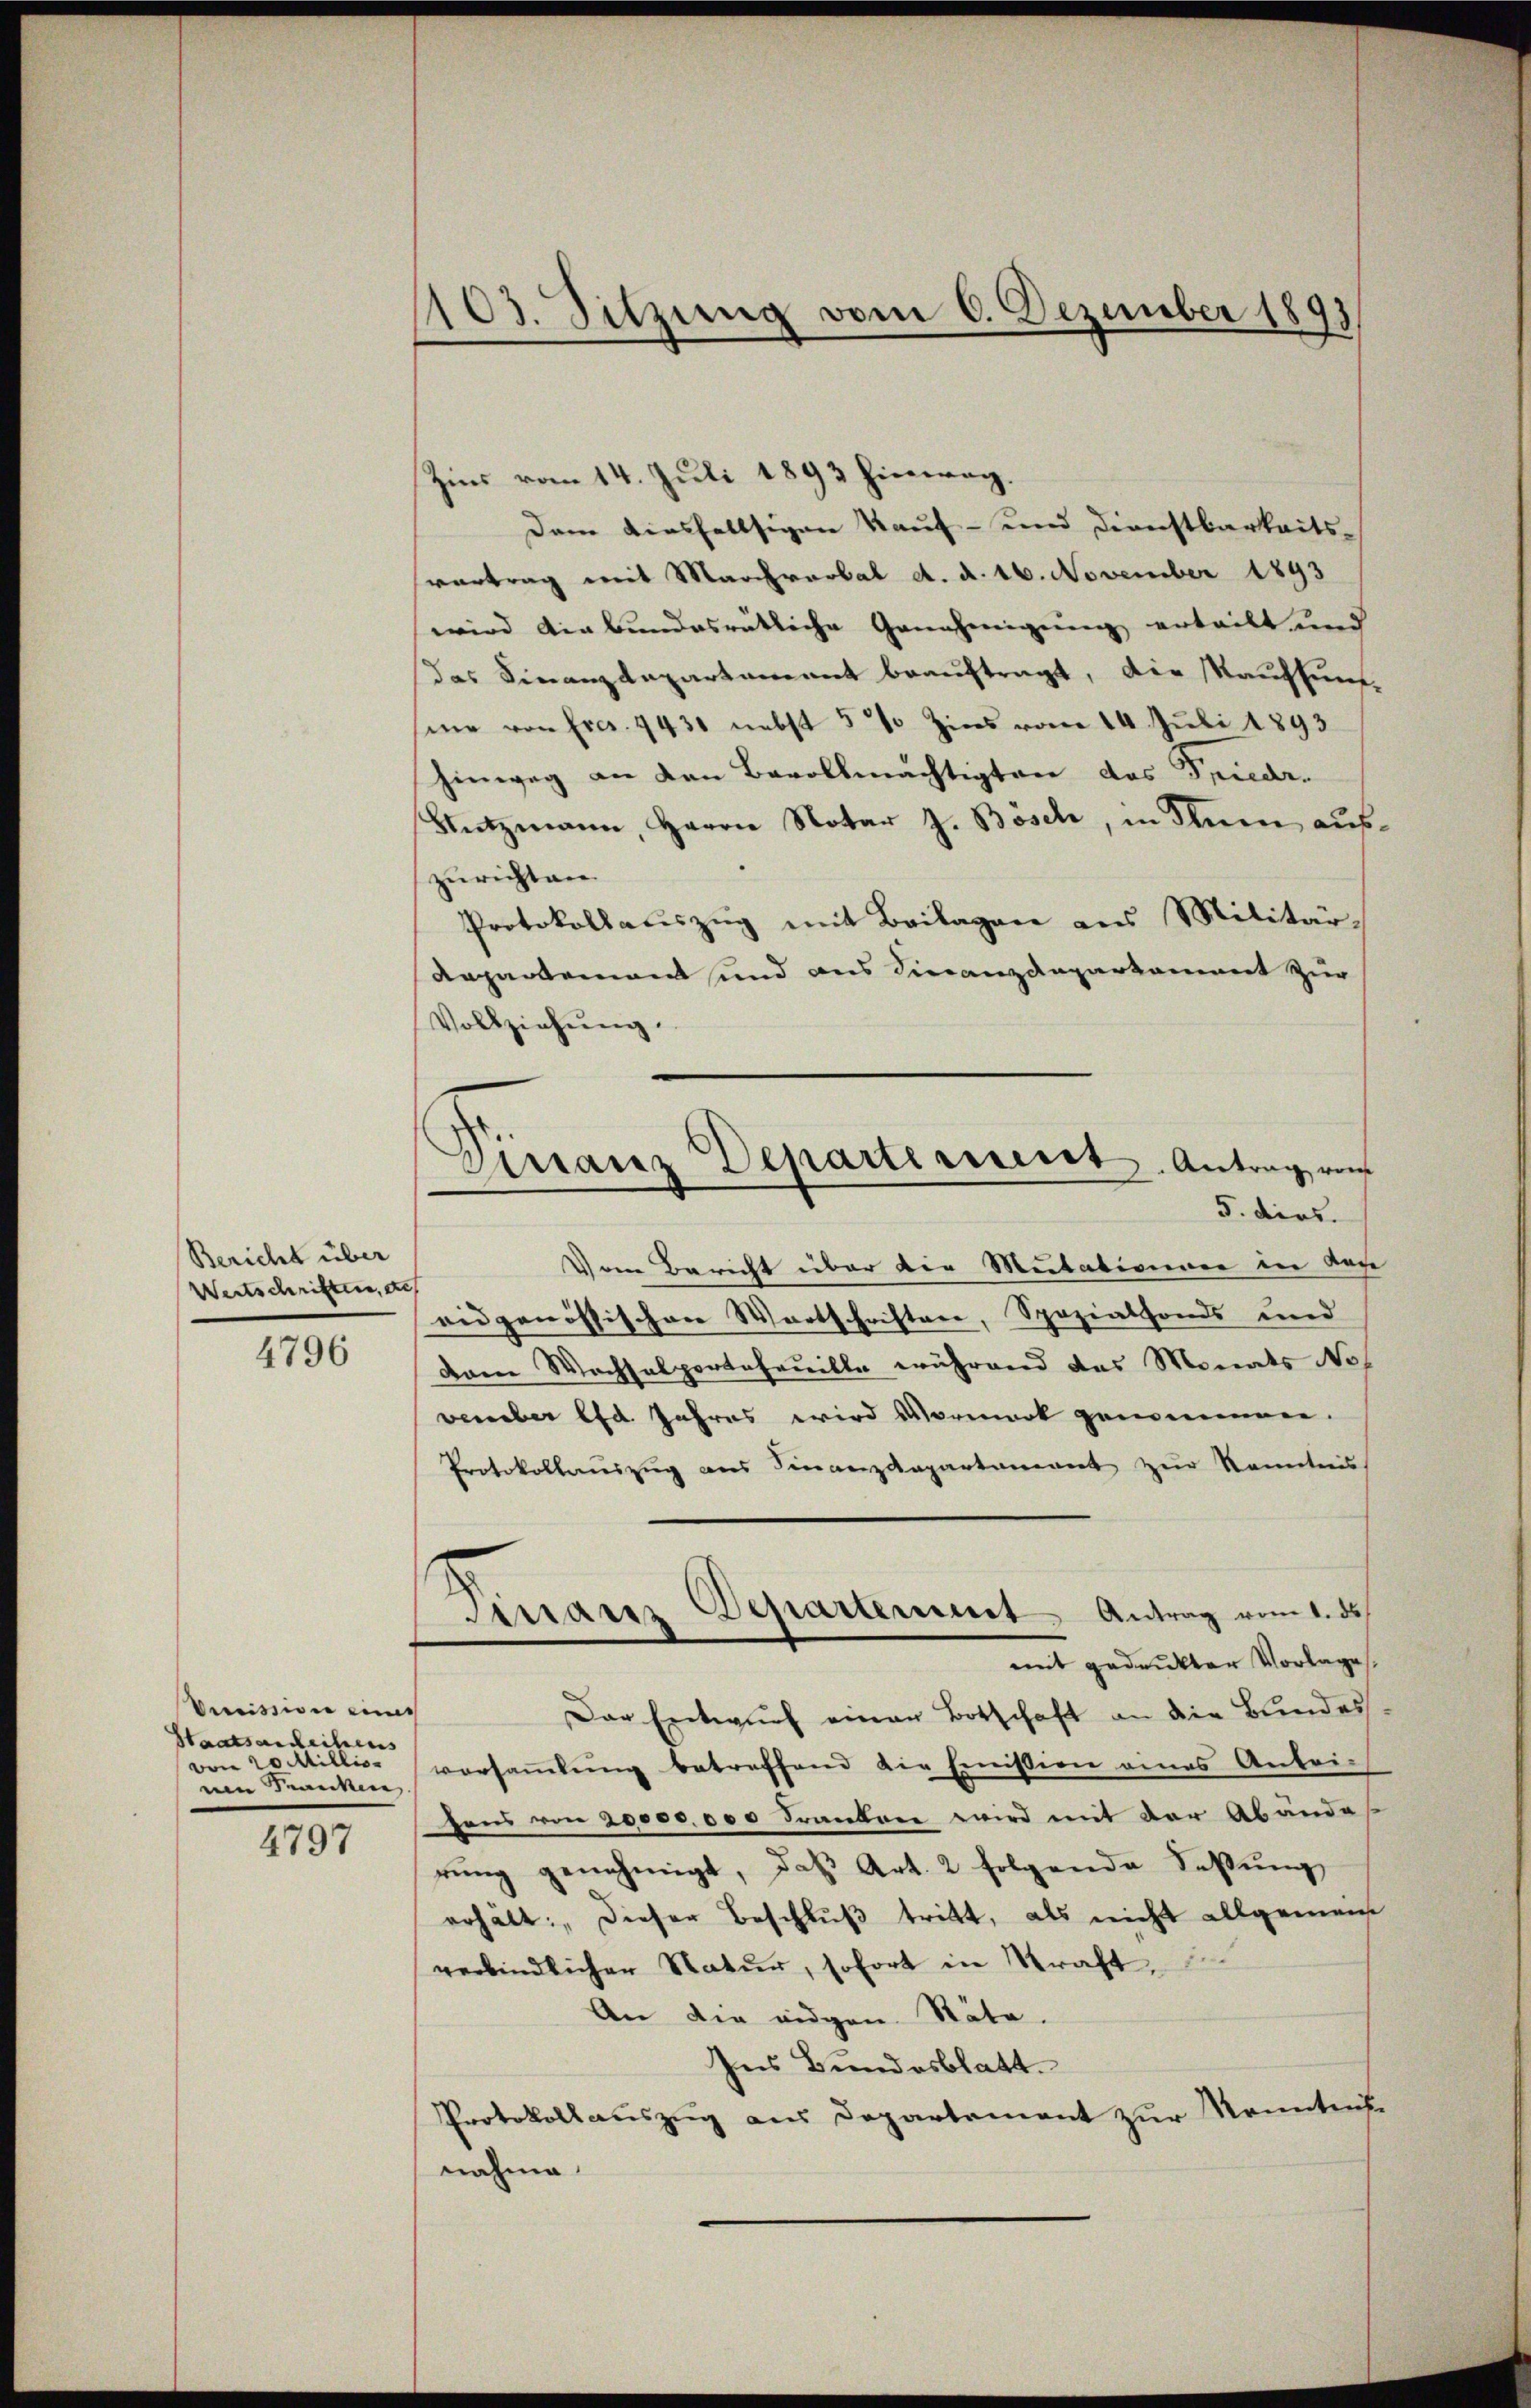
Bericht über
Wertschriften, de
4796

Decission eines
Staatsanleihens
vom 20 Millio
nen Kranken

4797

103. Sitzung vom 6. Dezember 1893

Zins vom 14. Juli 1893 hinweg.
Dem diesfallsigen Kauf- und Dienstbarkeits-
vertrag mit Marchrarbal d. d. 16. November 1893
wird die bundesrätliche Genehmigung erteilt und
das Finanzdepartament beauftragt, die Kauften,
sine von Fres. 1431 nebst 5 % Zins vom 14. Juli 1893
hinweg an den Bevollmächtigten das Friedr.
Stŭtzmann, Herrn Notar J. Bösch, in Ihnen aŭs
zurichten
Protokollauszug mit Beilagen aus Militär-
departement und aus Finanzdepartament zur
Vollziehung.
Vom Bericht über die Mietationner in Nach
eidgenössischen Wortschriften, Spezialfonds und
dam Wachsalportafouille während das Monats Not
vember d. Jahres wird Vormark genommen.
Protokollauszug aus Finanzdepartament zur Kenntnis
Manz Departement Antrag vom 1. de
mit gedruckter Vorlage
Der Entwurf einer Botschaft an die Bundes
versaṁlŭng betreffend die Emission eines Antei-
sens von 20000.000 Frankere wird mit der Abände
rŭng genehmigt, daß Art. 2 folgende Faßung
erhalt: dieser Beschluß tritt, als nicht allgemein
verbindlicher Natur, sofort in Kraft,
An die eidgen. Räte.
Ins Bundesblatt.
Protokollauszug aus Departement zur Monntent
nahme

Finanz Departinient. Antrag von
5. dies.